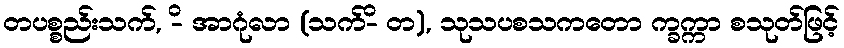
တပစ္စည်းသက်, -ိ အာဂုံလာ (သက်-ိ တ), သုသပစသကတော က္ခက္ကာ စသုတ်ဖြင့်